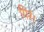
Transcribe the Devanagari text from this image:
गिरं।